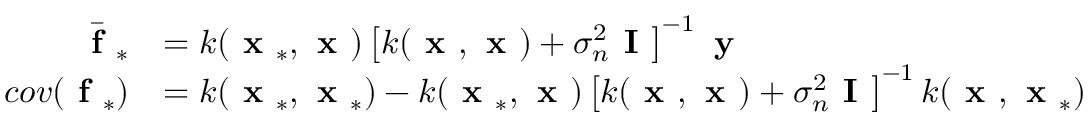
\begin{array} { r l } { \bar { \textbf { f } } _ { * } } & { = k ( \textbf { x } _ { * } , \textbf { x } ) \left[ k ( \textbf { x } , \textbf { x } ) + \sigma _ { n } ^ { 2 } \textbf { I } \right] ^ { - 1 } \textbf { y } } \\ { c o v ( \textbf { f } _ { * } ) } & { = k ( \textbf { x } _ { * } , \textbf { x } _ { * } ) - k ( \textbf { x } _ { * } , \textbf { x } ) \left[ k ( \textbf { x } , \textbf { x } ) + \sigma _ { n } ^ { 2 } \textbf { I } \right] ^ { - 1 } k ( \textbf { x } , \textbf { x } _ { * } ) } \end{array}